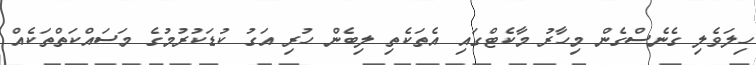
ހިލަވެލި ގެނެސްގެން މިހާރު މާކެޓްގައި އެތަކެތި ލިބެން ހުރި އަގު ކުޑަކުރުމުގެ މަސައްކަތްތަކެއް